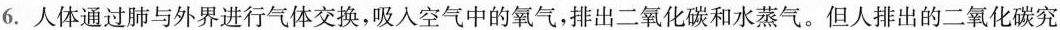
6.人体通过肺与外界进行气体交换，吸入空气中的氧气，排出二氧化碳和水蒸气。但人排出的二氧化碳究